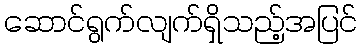
ဆောင်ရွက်လျက်ရှိသည့်အပြင်